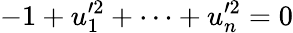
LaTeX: -1+u_{1}^{\prime 2}+\cdots+u_{n}^{\prime 2}=0